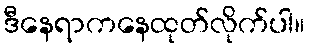
ဒီနေရာကနေထုတ်လိုက်ပါ။